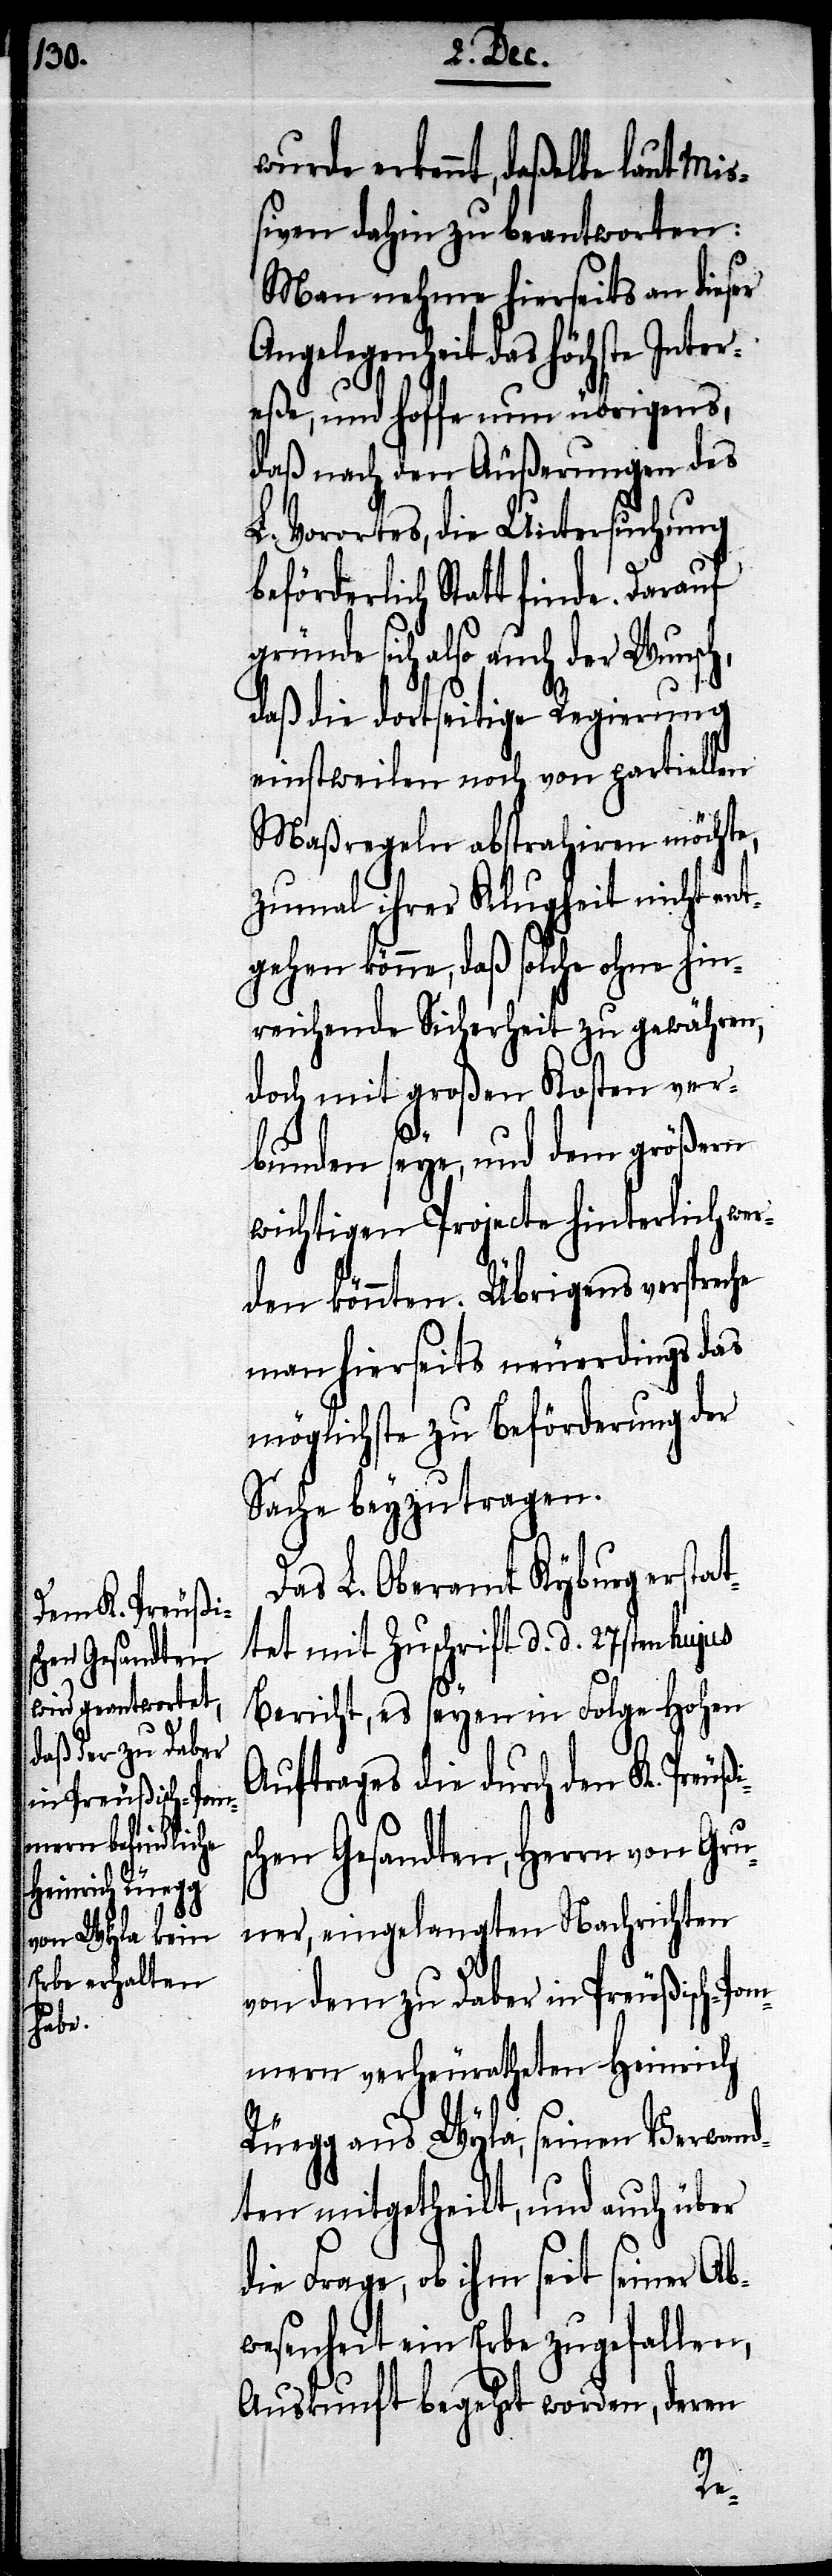
wurde erkennt, daßelbe laut Mi¬
ßiven dahin zu beantworten:
Man nehme hierseits an dieser
Angelegenheit das höchste Inter¬
eße, und hoffe, nun übrigens,
daß nach den Äußerungen des
L. Vorortes, die Untersuchung
beförderlich Statt finde. Darauf
gründe sich also auch der Wunsch,
daß die dortseitige Regierung
einstweilen noch von partiellen
Maßregeln abstrahiren möchte,
zumal ihrer Klugheit nicht ent¬
gehen könne, daß solche ohne hin¬
reichende Sicherheit zu gewähren,
doch mit großen Kosten ver¬
bunden seye, und dem größern
wichtigen Projecte hinterlich wer¬
den könnten. Übrigens verspreche
man hierseits neuerdings das
möglichste zu Beförderung der
Sache beyzutragen.
Da L. Oberamt Kyburg erstat¬
tet mit Zuschrift d. d. 28sten hujus
Bericht, es seyen in Folge hohen
Auftrages die durch den K. Preuß¬
chen Gesandten, Herrn von Gru¬
ner, eingelangten Nachrichten
von dem zu Daber in Preußisch-Pom¬
mern verheuratheten Heinrich
Rüegg aus Wyla, seinen Verwand¬
ten mitgetheilt, und auch über
die Frage, ob ihm seit seiner Ab¬
wesenheit ein Erbe zugefallen,
Auskunft begehrt worden, deren
is¬